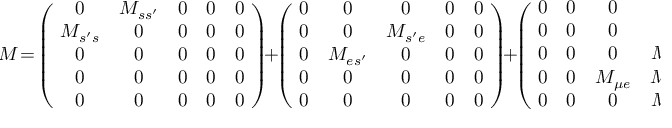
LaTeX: \! M \! = \! \left( \! \begin{array} { c c c c c } { { 0 } } & { { M _ { s s ^ { \prime } } } } & { { 0 } } & { { 0 } } & { { 0 } } \\ { { M _ { s ^ { \prime } s } } } & { { 0 } } & { { 0 } } & { { 0 } } & { { 0 } } \\ { { 0 } } & { { 0 } } & { { 0 } } & { { 0 } } & { { 0 } } \\ { { 0 } } & { { 0 } } & { { 0 } } & { { 0 } } & { { 0 } } \\ { { 0 } } & { { 0 } } & { { 0 } } & { { 0 } } & { { 0 } } \end{array} \! \right) \! + \! \left( \! \begin{array} { c c c c c } { { 0 } } & { { 0 } } & { { 0 } } & { { 0 } } & { { 0 } } \\ { { 0 } } & { { 0 } } & { { M _ { s ^ { \prime } e } } } & { { 0 } } & { { 0 } } \\ { { 0 } } & { { M _ { e s ^ { \prime } } } } & { { 0 } } & { { 0 } } & { { 0 } } \\ { { 0 } } & { { 0 } } & { { 0 } } & { { 0 } } & { { 0 } } \\ { { 0 } } & { { 0 } } & { { 0 } } & { { 0 } } & { { 0 } } \end{array} \! \right) \! + \! \left( \! \begin{array} { c c c c c } { { 0 } } & { { 0 } } & { { 0 } } & { { 0 } } & { { 0 } } \\ { { 0 } } & { { 0 } } & { { 0 } } & { { 0 } } & { { 0 } } \\ { { 0 } } & { { 0 } } & { { 0 } } & { { M _ { e \mu } } } & { { 0 } } \\ { { 0 } } & { { 0 } } & { { M _ { \mu e } } } & { { M _ { \mu \mu } } } & { { M _ { \mu \tau } } } \\ { { 0 } } & { { 0 } } & { { 0 } } & { { M _ { \tau \mu } } } & { { M _ { \tau \tau } } } \end{array} \! \right) \, ,